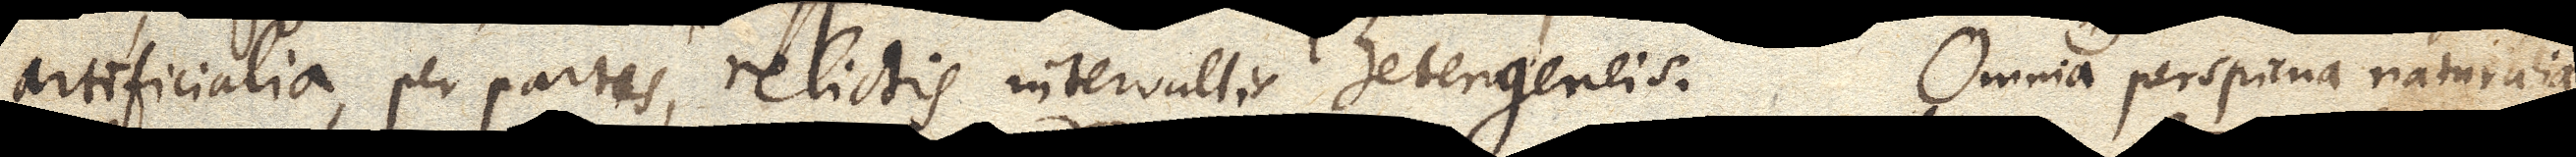
artificialia, per partes, relictis intervallis heterogeneis. Omnia perspicua naturalia